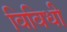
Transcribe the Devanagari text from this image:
विविधी